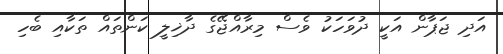
އަދި ޖަޕާން އަކީ ދުވަހަކު ވެސް މިރާއްޖޭގެ ދާޚިލީ ކަންތައް ތަކާއި ބެހި